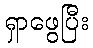
ရှာဖွေပြီး